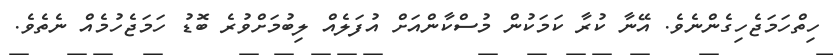
ހިތްހަމަޖެހިގެންނެވެ. އޭނާ ކުރާ ކަމަކުން މުސްކާންއަށް އުފަލެއް ލިބުމަށްވުރެ ބޮޑު ހަމަޖެހުމެއް ނެތެވެ.